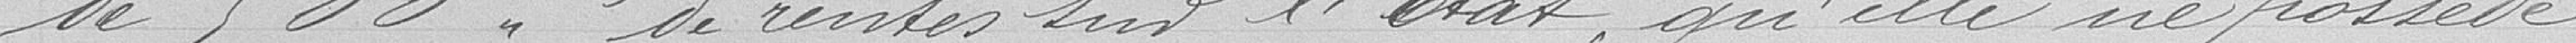
de 500 F de rentes sur l'État qu'elle ne possède